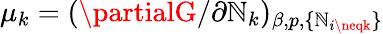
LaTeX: \mu_{k}=(\partialG/\partial\mathbb{N}_{k})_{\beta,p,\{ \mathbb{N}_{i\neqk}\} }